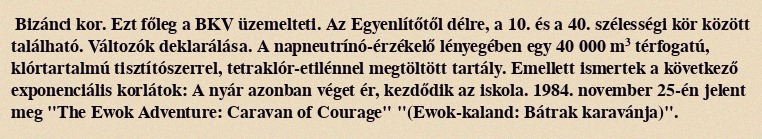
Bizánci kor. Ezt főleg a BKV üzemelteti. Az Egyenlítőtől délre, a 10. és a 40. szélességi kör között található. Változók deklarálása. A napneutrínó-érzékelő lényegében egy 40 000 m³ térfogatú, klórtartalmú tisztítószerrel, tetraklór-etilénnel megtöltött tartály. Emellett ismertek a következő exponenciális korlátok: A nyár azonban véget ér, kezdődik az iskola. 1984. november 25-én jelent meg "The Ewok Adventure: Caravan of Courage" "(Ewok-kaland: Bátrak karavánja)".